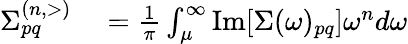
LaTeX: \begin{array}{rl}{\Sigma_{pq}^{(n,>)}}&{{}=\frac{1}{\pi}\int_{\mu}^{\infty}\mathrm{Im}[\Sigma(\omega)_{pq}]\omega^{n}d\omega}\end{array}